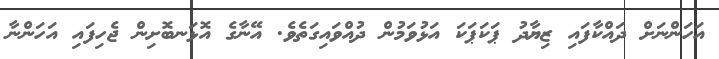
އަހަންނަށް ދައްކާފައި ޒިޔާދު ޕަކަޕަކަ އަޅުވަމުން ދުއްވައިގަތެވެ. އޭނާގެ އޮޅަނބޮށިން ޖެހިފައި އަހަންނާ